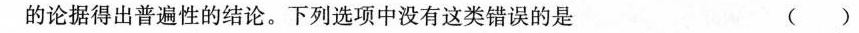
的论据得出普遍性的结论。下列选项中没有这类错误的是 ()